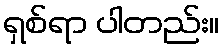
ရှစ်ရာ ပါတည်း။